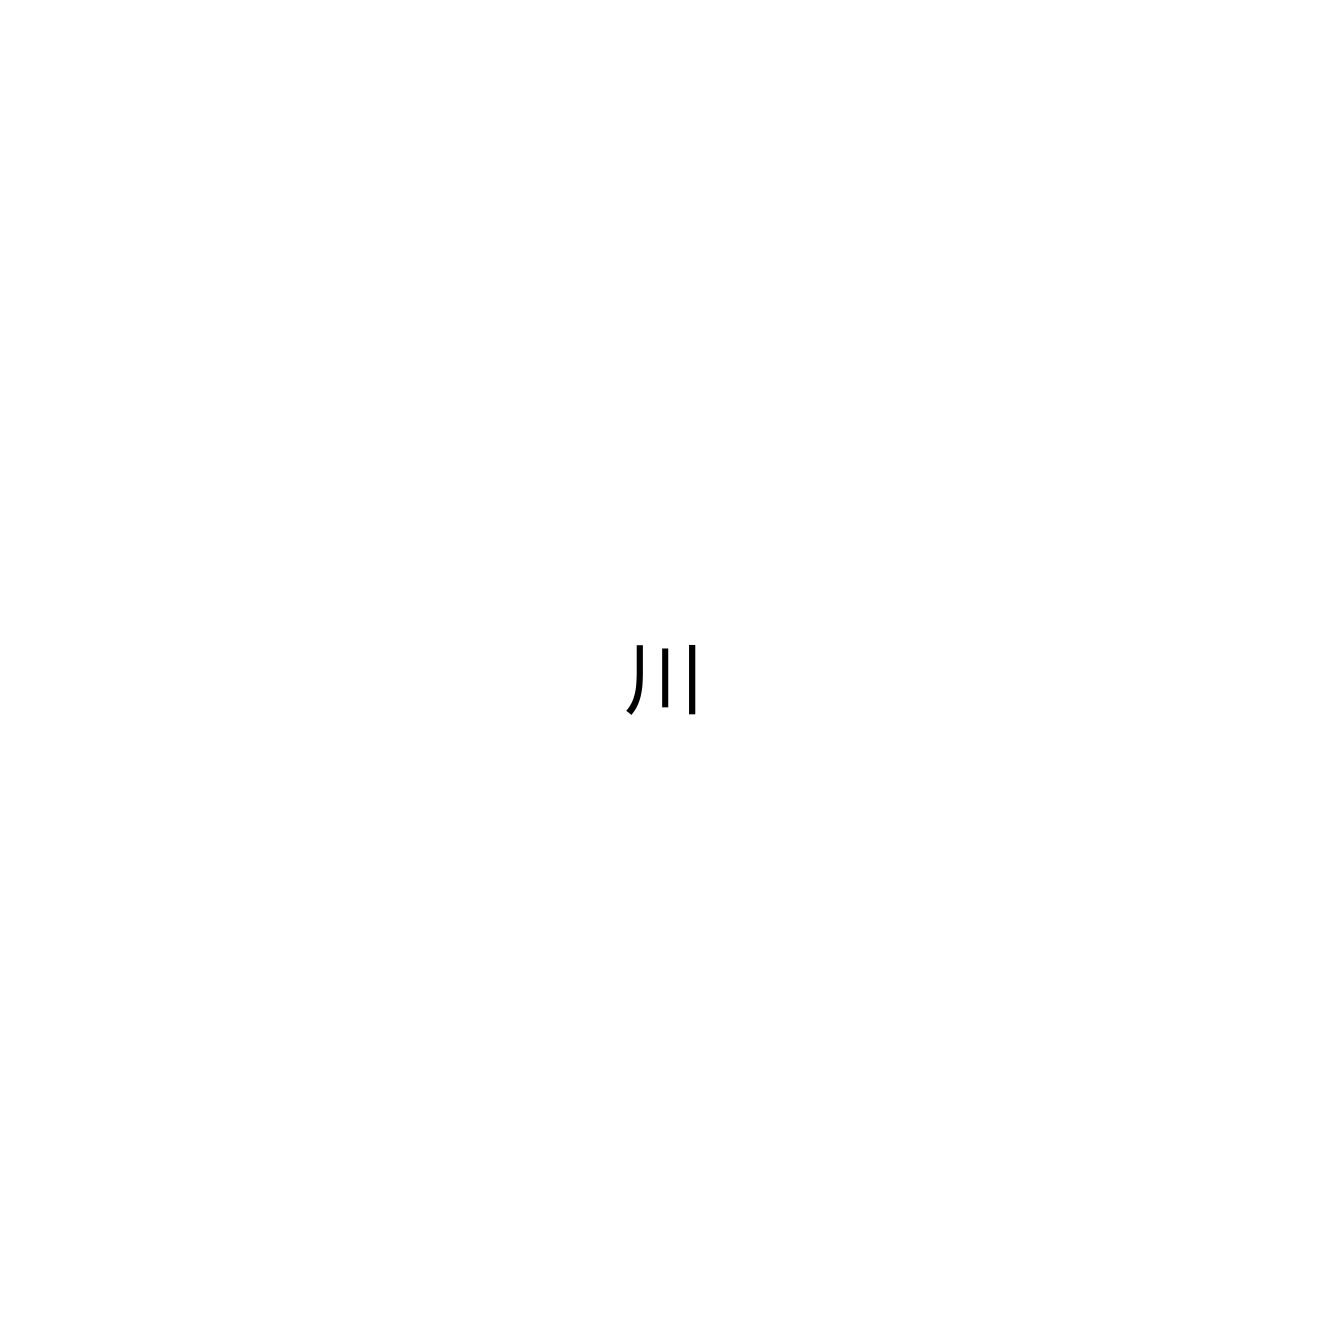
川